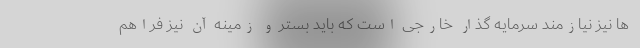
ها نیز نیازمند سرمایه گذار خارجی است که باید بستر و زمینه آن نیز فراهم